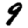
Digit: 9